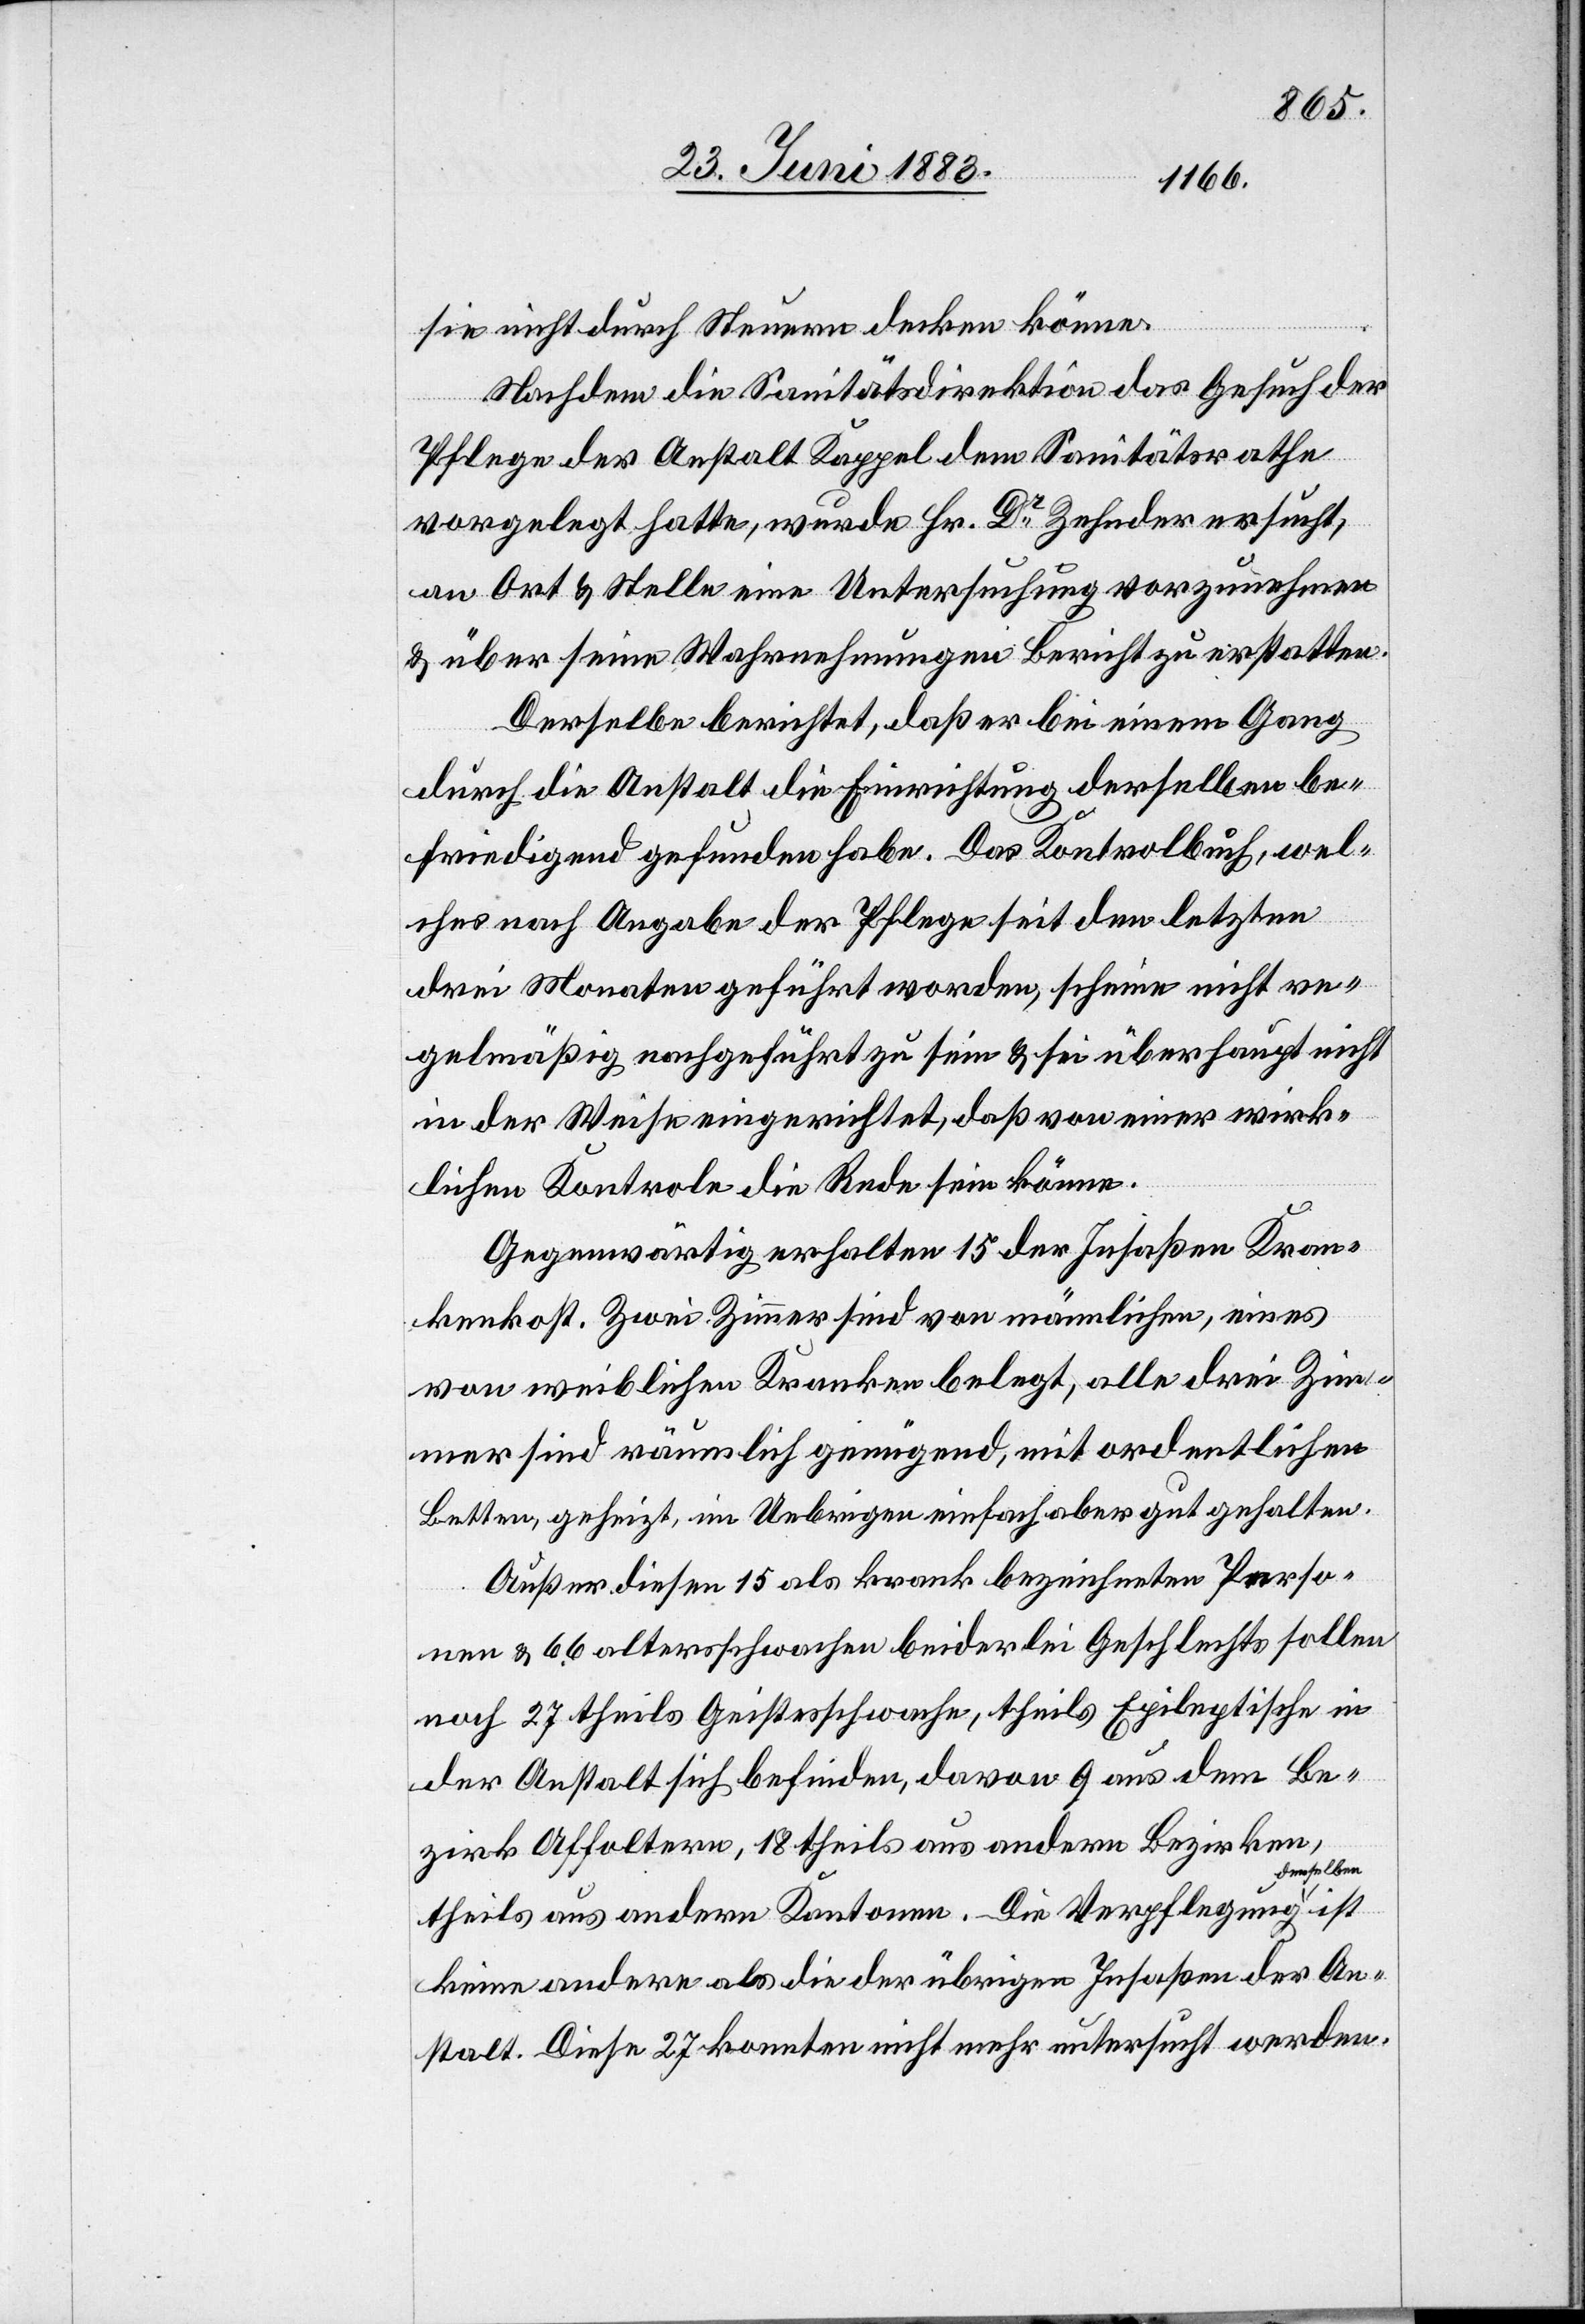
sie nicht durch Steuern decken könne.
Nachdem die Sanitätsdirektion das Gesuch der
Pflege der Anstalt Kappel dem Sanitätsrathe
vorgelegt hatte, wurde Hr. Dr Zehnder ersucht,
an Ort & Stelle eine Untersuchung vorzunehmen
& über seine Wahrnehmungen Bericht zu erstatten.
Derselbe berichtet, daß er bei einem Gang
durch die Anstalt die Einrichtung derselben be¬
friedigend gefunden habe. Das Kontrolbuch, wel¬
ches nach Angabe der Pflege seit den letzten
drei Monaten geführt worden, scheine nicht re¬
gelmäßig nachgeführt zu sein & sei überhaupt nicht
in der Weise eingerichtet, daß von einer wirk¬
lichen Kontrole die Rede sein könne.
Gegenwärtig erhalten 15 der Insassen Kran¬
kenkost. Zwei Zimmer sind von männlichen, eines
von weiblichen Kranken belegt, alle drei Zim¬
mer sind räumlich genügend, mit ordentlichen
Betten, geheizt, im Uebrigen einfach, aber gut gehalten.
Außer diesen 15 als krank bezeichneten Perso¬
nen & 66 altersschwachen beiderlei Geschlechts sollen
noch 27 theils Geistesschwache, theils Epileptische in
der Anstalt sich befinden, davon 9 aus dem Be¬
zirk Affoltern, 18 theils aus andern Bezirken,
elben
theils aus andern Kantonen. Die Verpflegung ders¬
keine andere als die der übrigen Insassen der An¬
stalt. Diese 27 konnten nicht mehr untersucht werden.